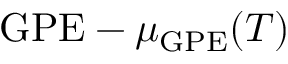
\mathrm { G P E } - \mu _ { \mathrm { G P E } } ( T )